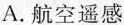
A.航空遥感